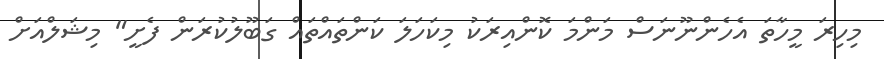
މިހިރަ މީހާތަ އެހެންނޫނަސް މަންމަ ކޮންއިރަކު މިކަހަލަ ކަންތައްތައް ގަބޫލުކުރަން ފެށީ" މިޝަލްއަށް